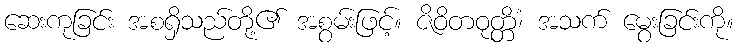
ဆေးကုခြင်း အစရှိသည်တို့၏ အစွမ်းဖြင့်။ ဇိဝိတဝုတ္တိံ၊ အသက် မွေးခြင်းကို။